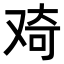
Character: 𠭑